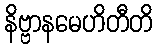
နိဗ္ဗာနမေဟိတီတိ